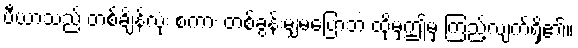
ပီယာသည် တစ်ချိန်လုံး စကား တစ်ခွန်းမျှမပြောဘဲ ထိုမှဤမှ ကြည့်လျက်ရှိ၏။